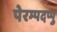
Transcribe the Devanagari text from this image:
पेरम्पदप्पु